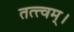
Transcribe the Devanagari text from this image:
तत्त्वम्।